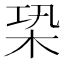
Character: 𣑦